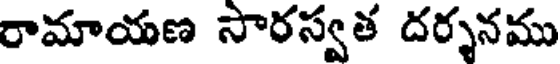
రామాయణ సారస్వత దర్శనము